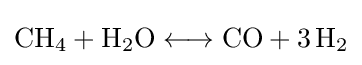
{\mathrm {CH} {\vphantom {A}}_{\smash[{t}]{4}}{}+{}\mathrm {H} {\vphantom {A}}_{\smash[{t}]{2}}\mathrm {O} {}\mathrel {\longleftrightarrow } {}\mathrm {CO} {}+{}3\,\mathrm {H} {\vphantom {A}}_{\smash[{t}]{2}}}